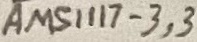
Text: AMS1117-3,3